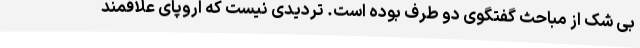
بی شک از مباحث گفتگوی دو طرف بوده است. تردیدی نیست که اروپای علاقمند